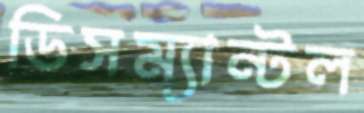
ডিসম্যান্টল